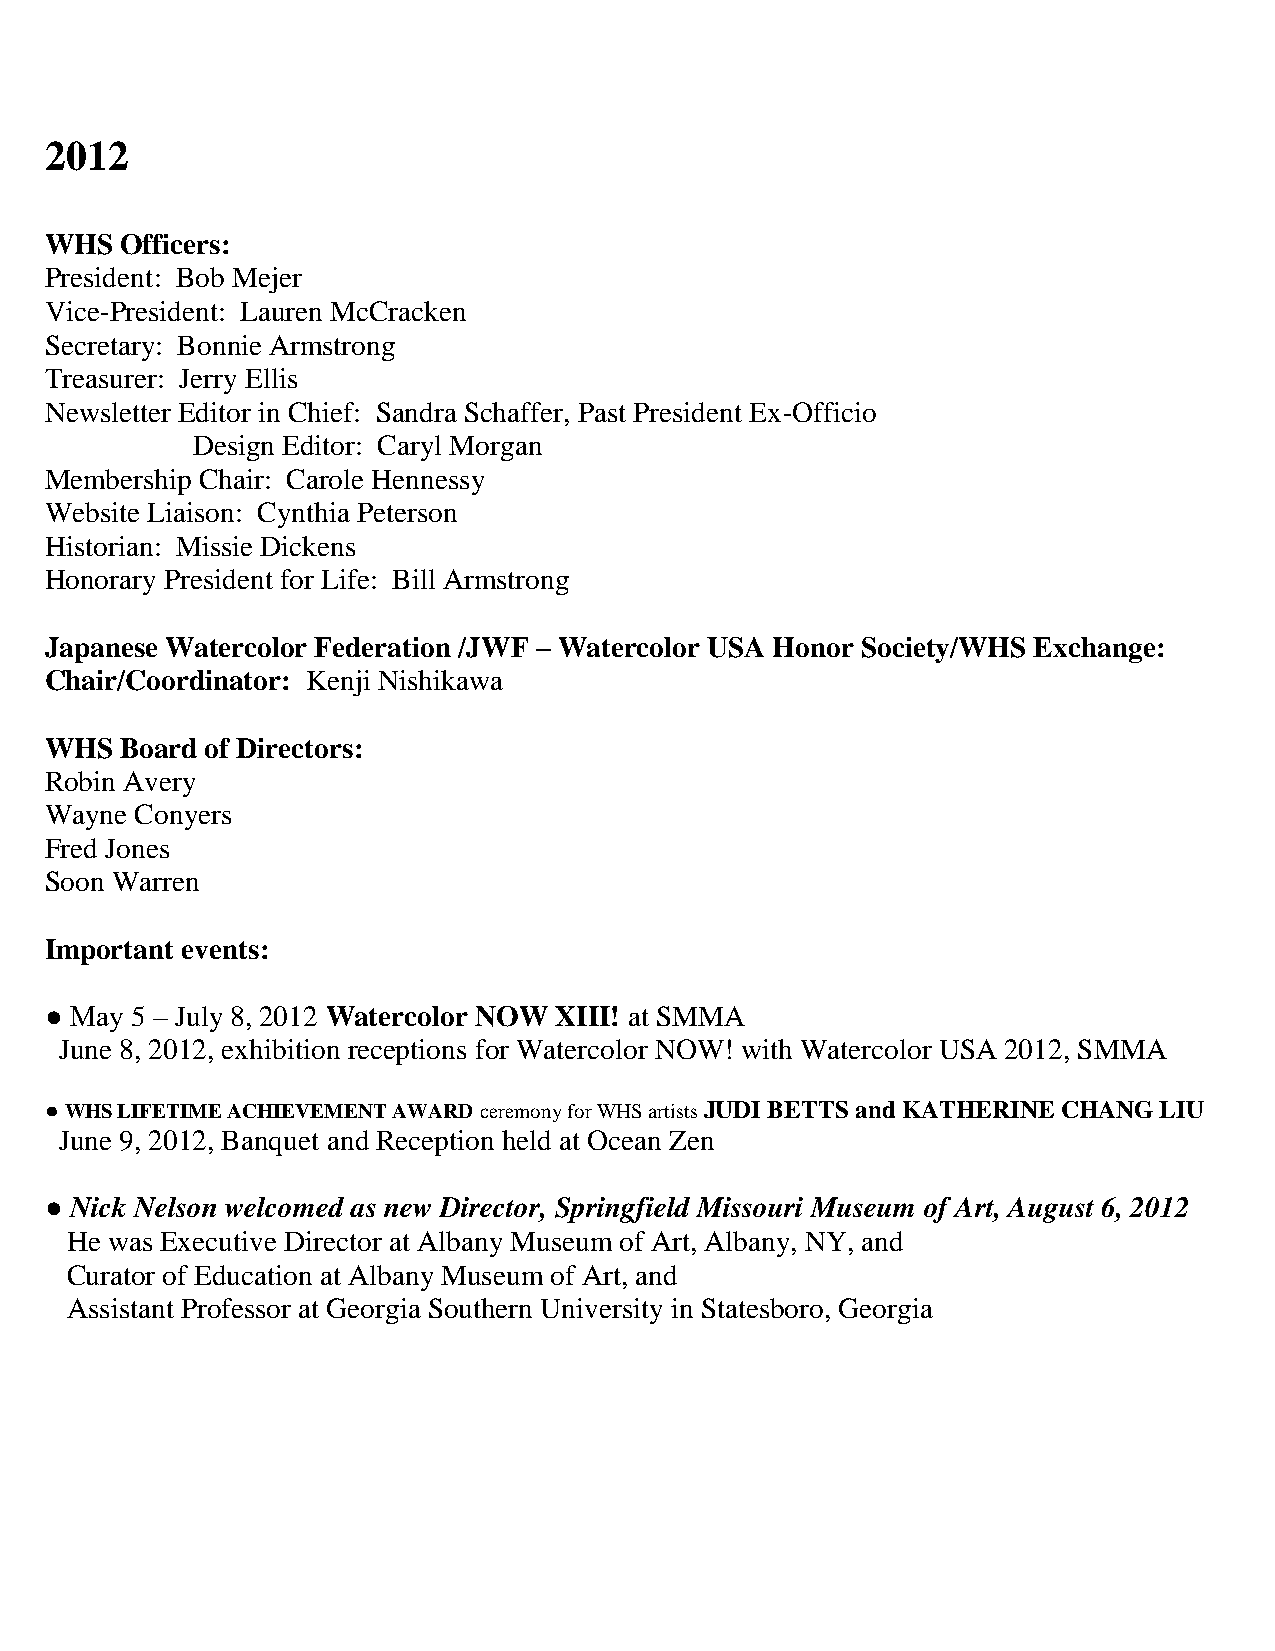
2012
 WHS  Officers:
 President: Bob Mejer
 Vice-President: Lauren McCracken
 Secretary: Bonnie Armstrong
 Treasurer: Jerry Ellis
 Newsletter Editor in Chief: Sandra Schaffer, Past President Ex-Officio
 Design Editor: Caryl Morgan
 Membership Chair: Carole Hennessy
 Website Liaison: Cynthia Peterson
 Historian: Missie Dickens
 Honorary President for Life: Bill Armstrong
 Japanese Watercolor Federation /JWF – Watercolor USA Honor Society/WHS Exchange:
 Chair/Coordinator: Kenji Nishikawa
 WHS  Board of Directors:
 Robin Avery
 Wayne Conyers
 Fred Jones
 Soon Warren
 Important events:
 ● May 5 – July 8, 2012 Watercolor NOW XIII! at SMMA
 June 8, 2012, exhibition receptions for Watercolor NOW! with Watercolor USA 2012, SMMA
 ● WHS LIFETIME ACHIEVEMENT AWARD ceremony for WHS artists JUDI BETTS and KATHERINE CHANG LIU
 June 9, 2012, Banquet and Reception held at Ocean Zen
 ● Nick Nelson welcomed as new Director, Springfield Missouri Museum of Art, August 6, 2012
 He was Executive Director at Albany Museum of Art, Albany, NY, and
 Curator of Education at Albany Museum of Art, and
 Assistant Professor at Georgia Southern University in Statesboro, Georgia